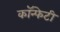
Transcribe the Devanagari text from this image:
कॉन्फेटी